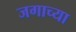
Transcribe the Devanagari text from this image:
जगाच्‍या